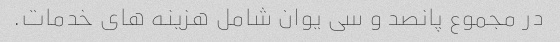
در مجموع پانصد و سی یوان شامل هزینه های خدمات.